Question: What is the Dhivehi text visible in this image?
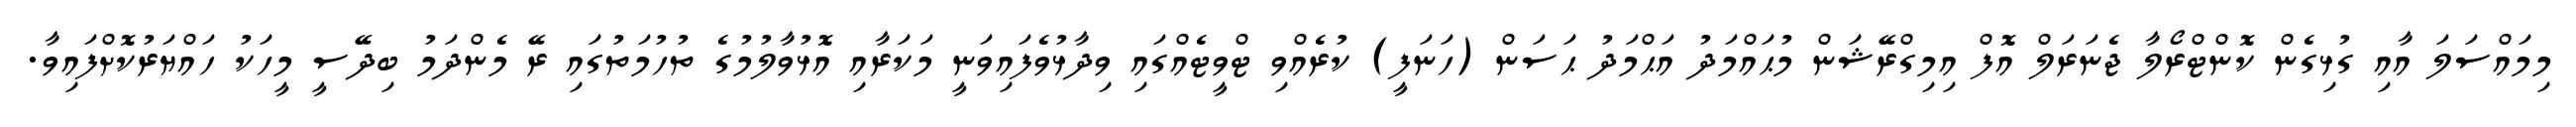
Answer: މިމައްސަލަ އާއި ގުޅިގެން ކޮންޓްރޯލާ ޖެނަރަލް އޮފް އިމިގްރޭޝަން މުޙައްމަދު އަޙްމަދު ޙަސަން (ހަނަފީ) ކުރެއްވި ޓްވީޓެއްގައި ވިދާޅުވެފައިވަނީ މަކަރާއި އޮޅުވާލުމުގެ ތުހުމަތުގައި ރޭ މެންދަމު ބިދޭސީ މީހަކު ހައްޔަރުކޮށްފައިވާ.